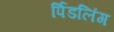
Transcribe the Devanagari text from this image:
र्पिडलिंग